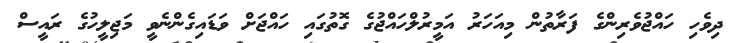
ދިވެހި ހައްޖުވެރިންގެ ފަރާތުން މިއަހަރު އަމީރުލްހައްޖުގެ ގޮތުގައި ހައްޖަށް ވަޑައިގެންނެވީ މަޖިލީހުގެ ރައީސް